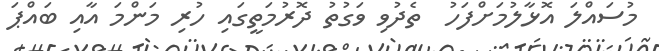
މުސައްލަ އޮޅާލުމަށްފަހު  ތެދުވި ވަގުތު ދޮރުމަތީގައި ހުރި މަންމަ އާއި ބައްޕަ